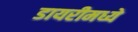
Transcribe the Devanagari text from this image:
डायरीमध्ये